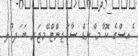
ެއސްގެ ކޮ ާމ ްނޑް ސާ ަޖންޓް ޭމޖަރ ބަ ަދ ުލ